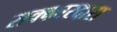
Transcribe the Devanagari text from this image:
सक्कारदारा